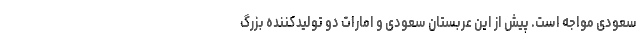
سعودی مواجه است. پیش از این عربستان سعودی و امارات دو تولیدکننده بزرگ